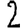
Digit: 2